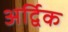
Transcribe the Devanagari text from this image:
अर्द्विक